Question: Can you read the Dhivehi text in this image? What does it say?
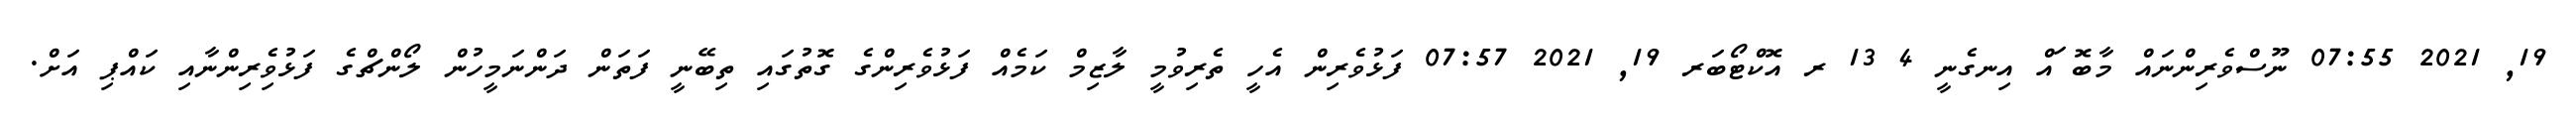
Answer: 19, 2021 07:55 ނޫސްވެރިންނައް މާބޮޱައް އިނގެނީ 4 13 ރ އޮކްޓޯބަރ 19, 2021 07:57 ފަޅުވެރިން އެހީ ތެރިވުމީ ލާޒިމް ކަމެއް ފަޅުވެރިންގެ ގޮތުގައި ތިބޭނީ ފަތަން ދަންނަމީހުން ލޯންޗްގެ ފަޅުވެިރިންނާއި ކައްޕި އަށް.